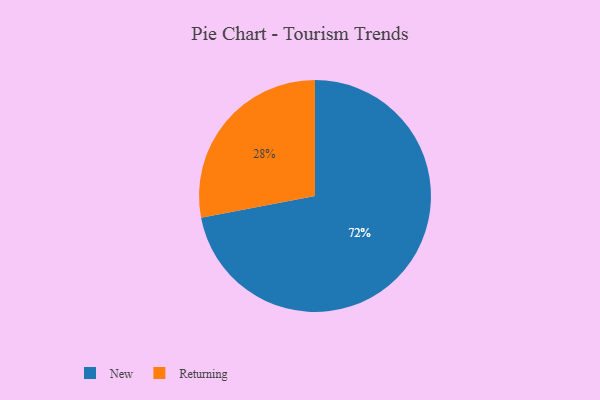
{"axis": {"x": "Category", "y": "Percentage"}, "legend": ["New", "Returning"], "data": [{"x": "Returning", "y": 28, "type": "Returning"}, {"x": "New", "y": 72, "type": "New"}]}